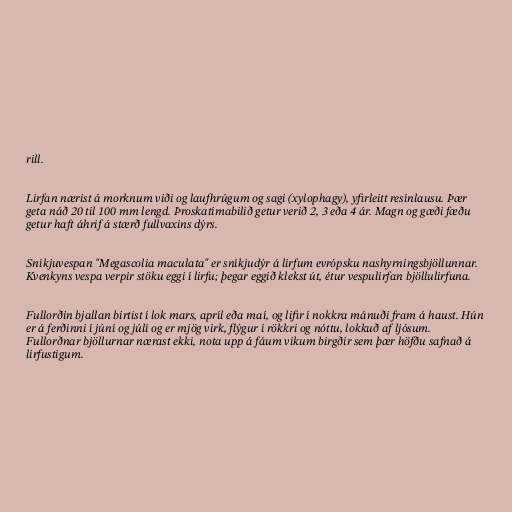
rill.

Lirfan nærist á morknum viði og laufhrúgum og sagi (xylophagy), yfirleitt resínlausu. Þær
geta náð 20 til 100 mm lengd. Þroskatímabilið getur verið 2, 3 eða 4 ár. Magn og gæði fæðu
getur haft áhrif á stærð fullvaxins dýrs.

Sníkjuvespan "Megascolia maculata" er sníkjudýr á lirfum evrópsku nashyrningsbjöllunnar.
Kvenkyns vespa verpir stöku eggi í lirfu; þegar eggið klekst út, étur vespulirfan bjöllulirfuna.

Fullorðin bjallan birtist í lok mars, apríl eða maí, og lifir í nokkra mánuði fram á haust. Hún
er á ferðinni í júní og júlí og er mjög virk, flýgur í rökkri og nóttu, lokkuð af ljósum.
Fullorðnar bjöllurnar nærast ekki, nota upp á fáum vikum birgðir sem þær höfðu safnað á
lirfustigum.